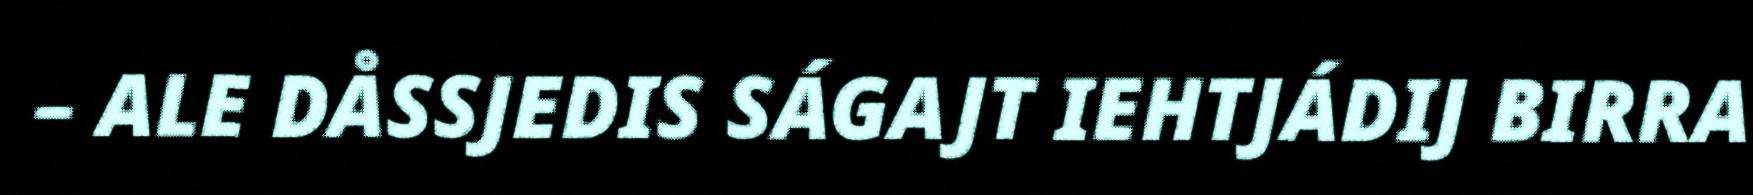
– ALE DÅSSJEDIS SÁGAJT IEHTJÁDIJ BIRRA